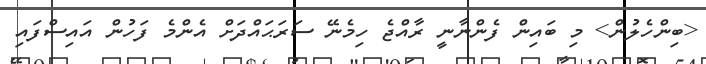
<ބިންހެލުން> މި ބައިން ފެންނާނީ ރާއްޖެ ހިމެނޭ ސަރަޙައްދަށް އެންމެ ފަހުން އައިސްފައި